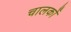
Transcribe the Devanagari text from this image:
चालकोँ